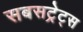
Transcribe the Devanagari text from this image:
सबसट्रेट्स